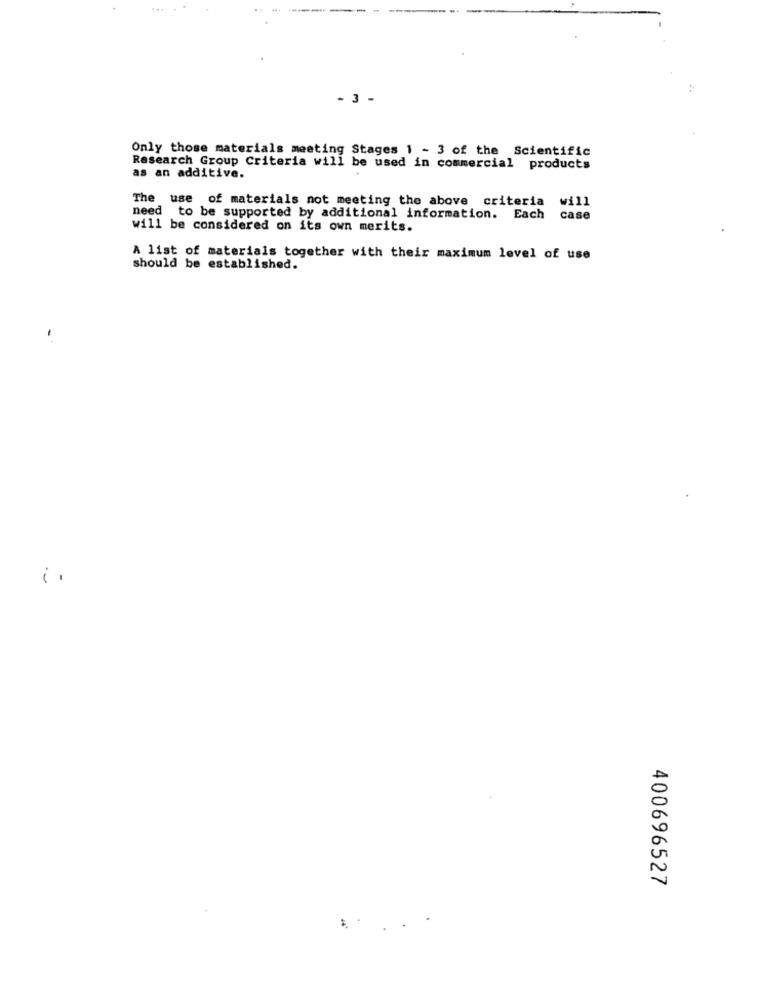
- 3 -
Only those materials meeting Stages 1 - 3 of the Scientific
Research Group Criteria will be used in commercial products
as an additive.
The use of materials not meeting the above criteria will
need to be supported by additional information. Each case
will be considered on its own merits.
A list of materials together with their maximum level of use
should be established.
400696527